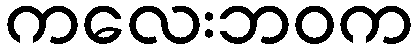
ကလေးဘဝက